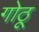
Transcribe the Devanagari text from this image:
गोठू